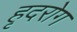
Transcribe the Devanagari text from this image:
हृदरोग